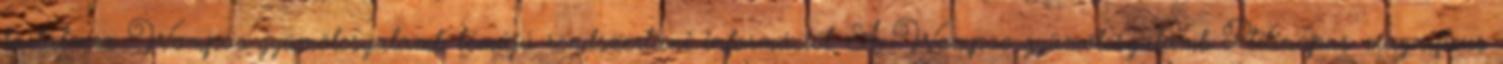
tartalmaz Wompoo-gyümölcsgalamb témájú rendszertani információt. A Wompoo-gyümölcsgalamb Ptilinopus magnificus